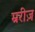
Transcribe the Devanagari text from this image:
म्ररीज़